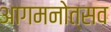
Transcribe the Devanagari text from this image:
आगमनोत्सव